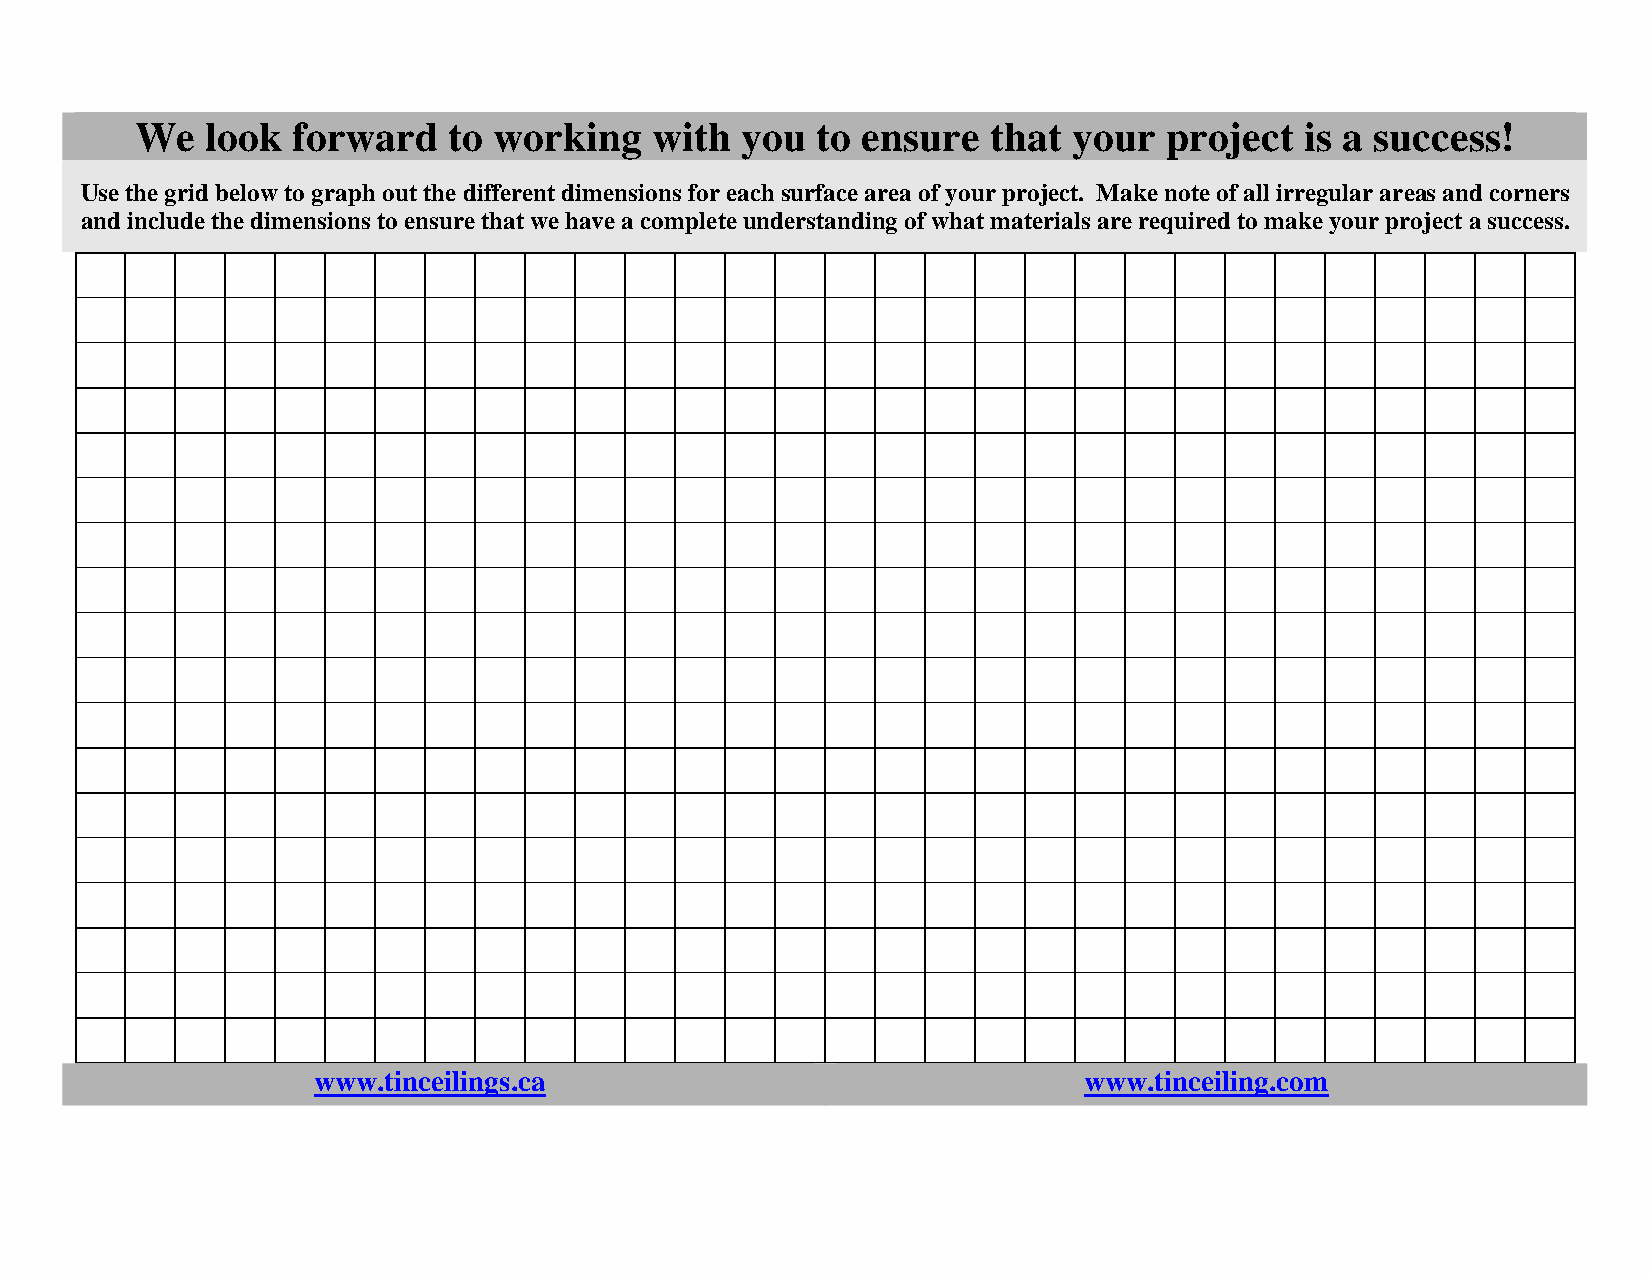
We   look forward    to working   with  you  to ensure   that your  project  is a success!
 Use the grid below to graph out the different dimensions for each surface area of your project. Make note of all irregular areas and corners
 and include the dimensions to ensure that we have a complete understanding of what materials are required to make your project a success.
 www.tinceilings.ca                                 www.tinceiling.com